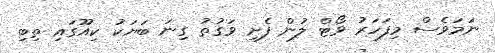
ނަމަވެސް މިފަހަރު ވޯޓް ލުން ފެށި ވަގުތު ގިނަ ބަޔަކު ކިއޫގައި ތިބި